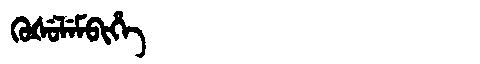
Manchu: ᡴᡠᡧᡠᠯᡝᠮᠪᡳᡥᡝ
Romanization: KUŠULEMBIHE